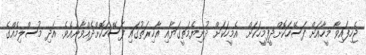
ޖެހިފައިވާ މީހާއަށް ފަސޭހަކޮށްދީފިމީހަކަށް  އެމީހަކަށް ދުނިޔެމަތީގަޔާއި އާޚިރަތުގައި ފަސޭހަކޮށްދެއްވާނެއެވެ. އަދި މުސްލިމެއްގެ